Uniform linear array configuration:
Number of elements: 32
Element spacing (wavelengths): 0.25
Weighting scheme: blackman
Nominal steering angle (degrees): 0
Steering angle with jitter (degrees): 0.3551
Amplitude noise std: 0.05
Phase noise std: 0.05

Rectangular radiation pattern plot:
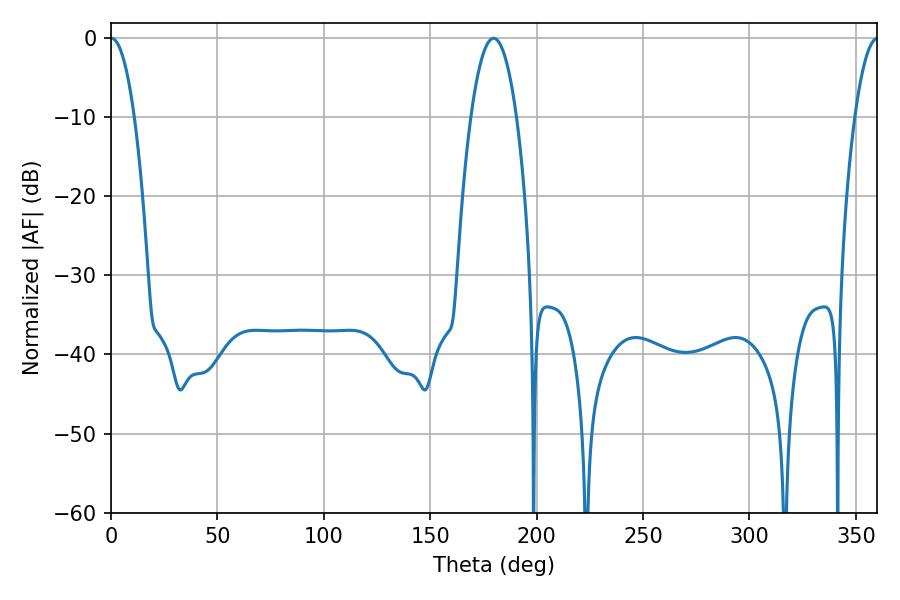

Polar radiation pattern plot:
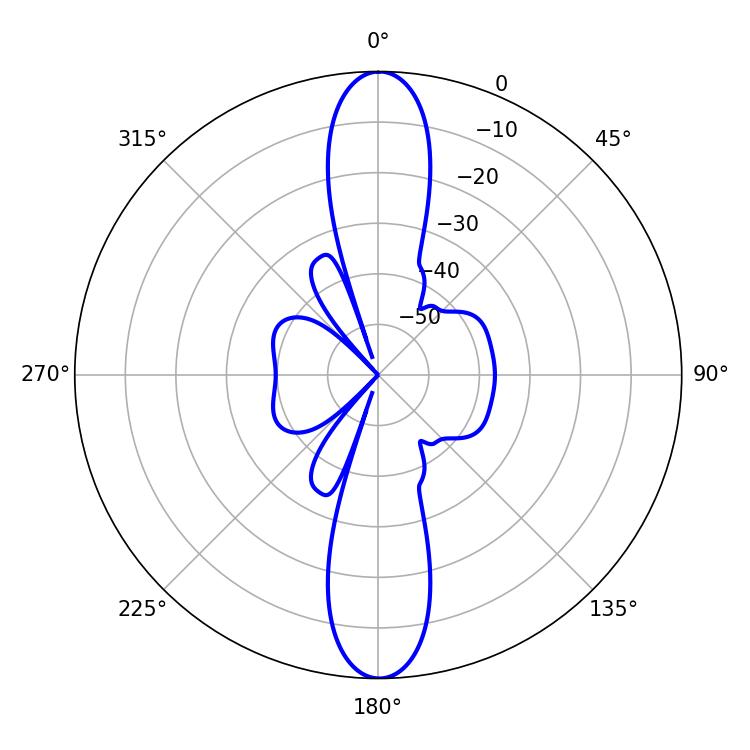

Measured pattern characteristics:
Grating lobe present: FALSE
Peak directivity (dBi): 30.702
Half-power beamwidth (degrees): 6.12
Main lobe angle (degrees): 0.18